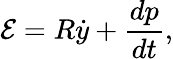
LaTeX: \mathcal E=R\dot{y}+\frac{dp}{dt},